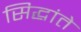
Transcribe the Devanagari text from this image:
सिद्धांते